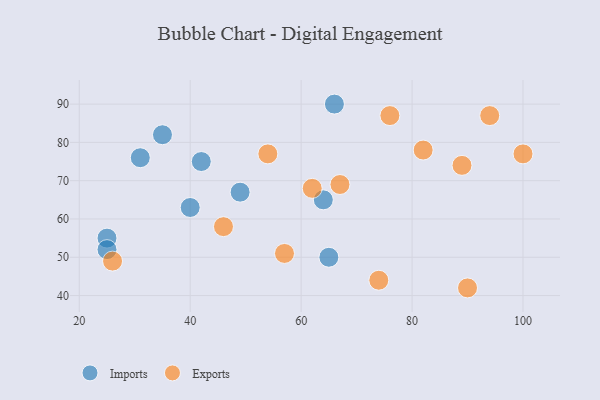
{"axis": {"x": "GDP", "y": "Life Expectancy"}, "legend": ["Exports", "Imports"], "data": [{"x": "64", "y": 65, "type": "Imports"}, {"x": "49", "y": 67, "type": "Imports"}, {"x": "25", "y": 55, "type": "Imports"}, {"x": "31", "y": 76, "type": "Imports"}, {"x": "42", "y": 75, "type": "Imports"}, {"x": "25", "y": 52, "type": "Imports"}, {"x": "40", "y": 63, "type": "Imports"}, {"x": "35", "y": 82, "type": "Imports"}, {"x": "65", "y": 50, "type": "Imports"}, {"x": "66", "y": 90, "type": "Imports"}, {"x": "54", "y": 77, "type": "Exports"}, {"x": "67", "y": 69, "type": "Exports"}, {"x": "100", "y": 77, "type": "Exports"}, {"x": "76", "y": 87, "type": "Exports"}, {"x": "82", "y": 78, "type": "Exports"}, {"x": "94", "y": 87, "type": "Exports"}, {"x": "89", "y": 74, "type": "Exports"}, {"x": "74", "y": 44, "type": "Exports"}, {"x": "46", "y": 58, "type": "Exports"}, {"x": "62", "y": 68, "type": "Exports"}, {"x": "90", "y": 42, "type": "Exports"}, {"x": "57", "y": 51, "type": "Exports"}, {"x": "26", "y": 49, "type": "Exports"}]}